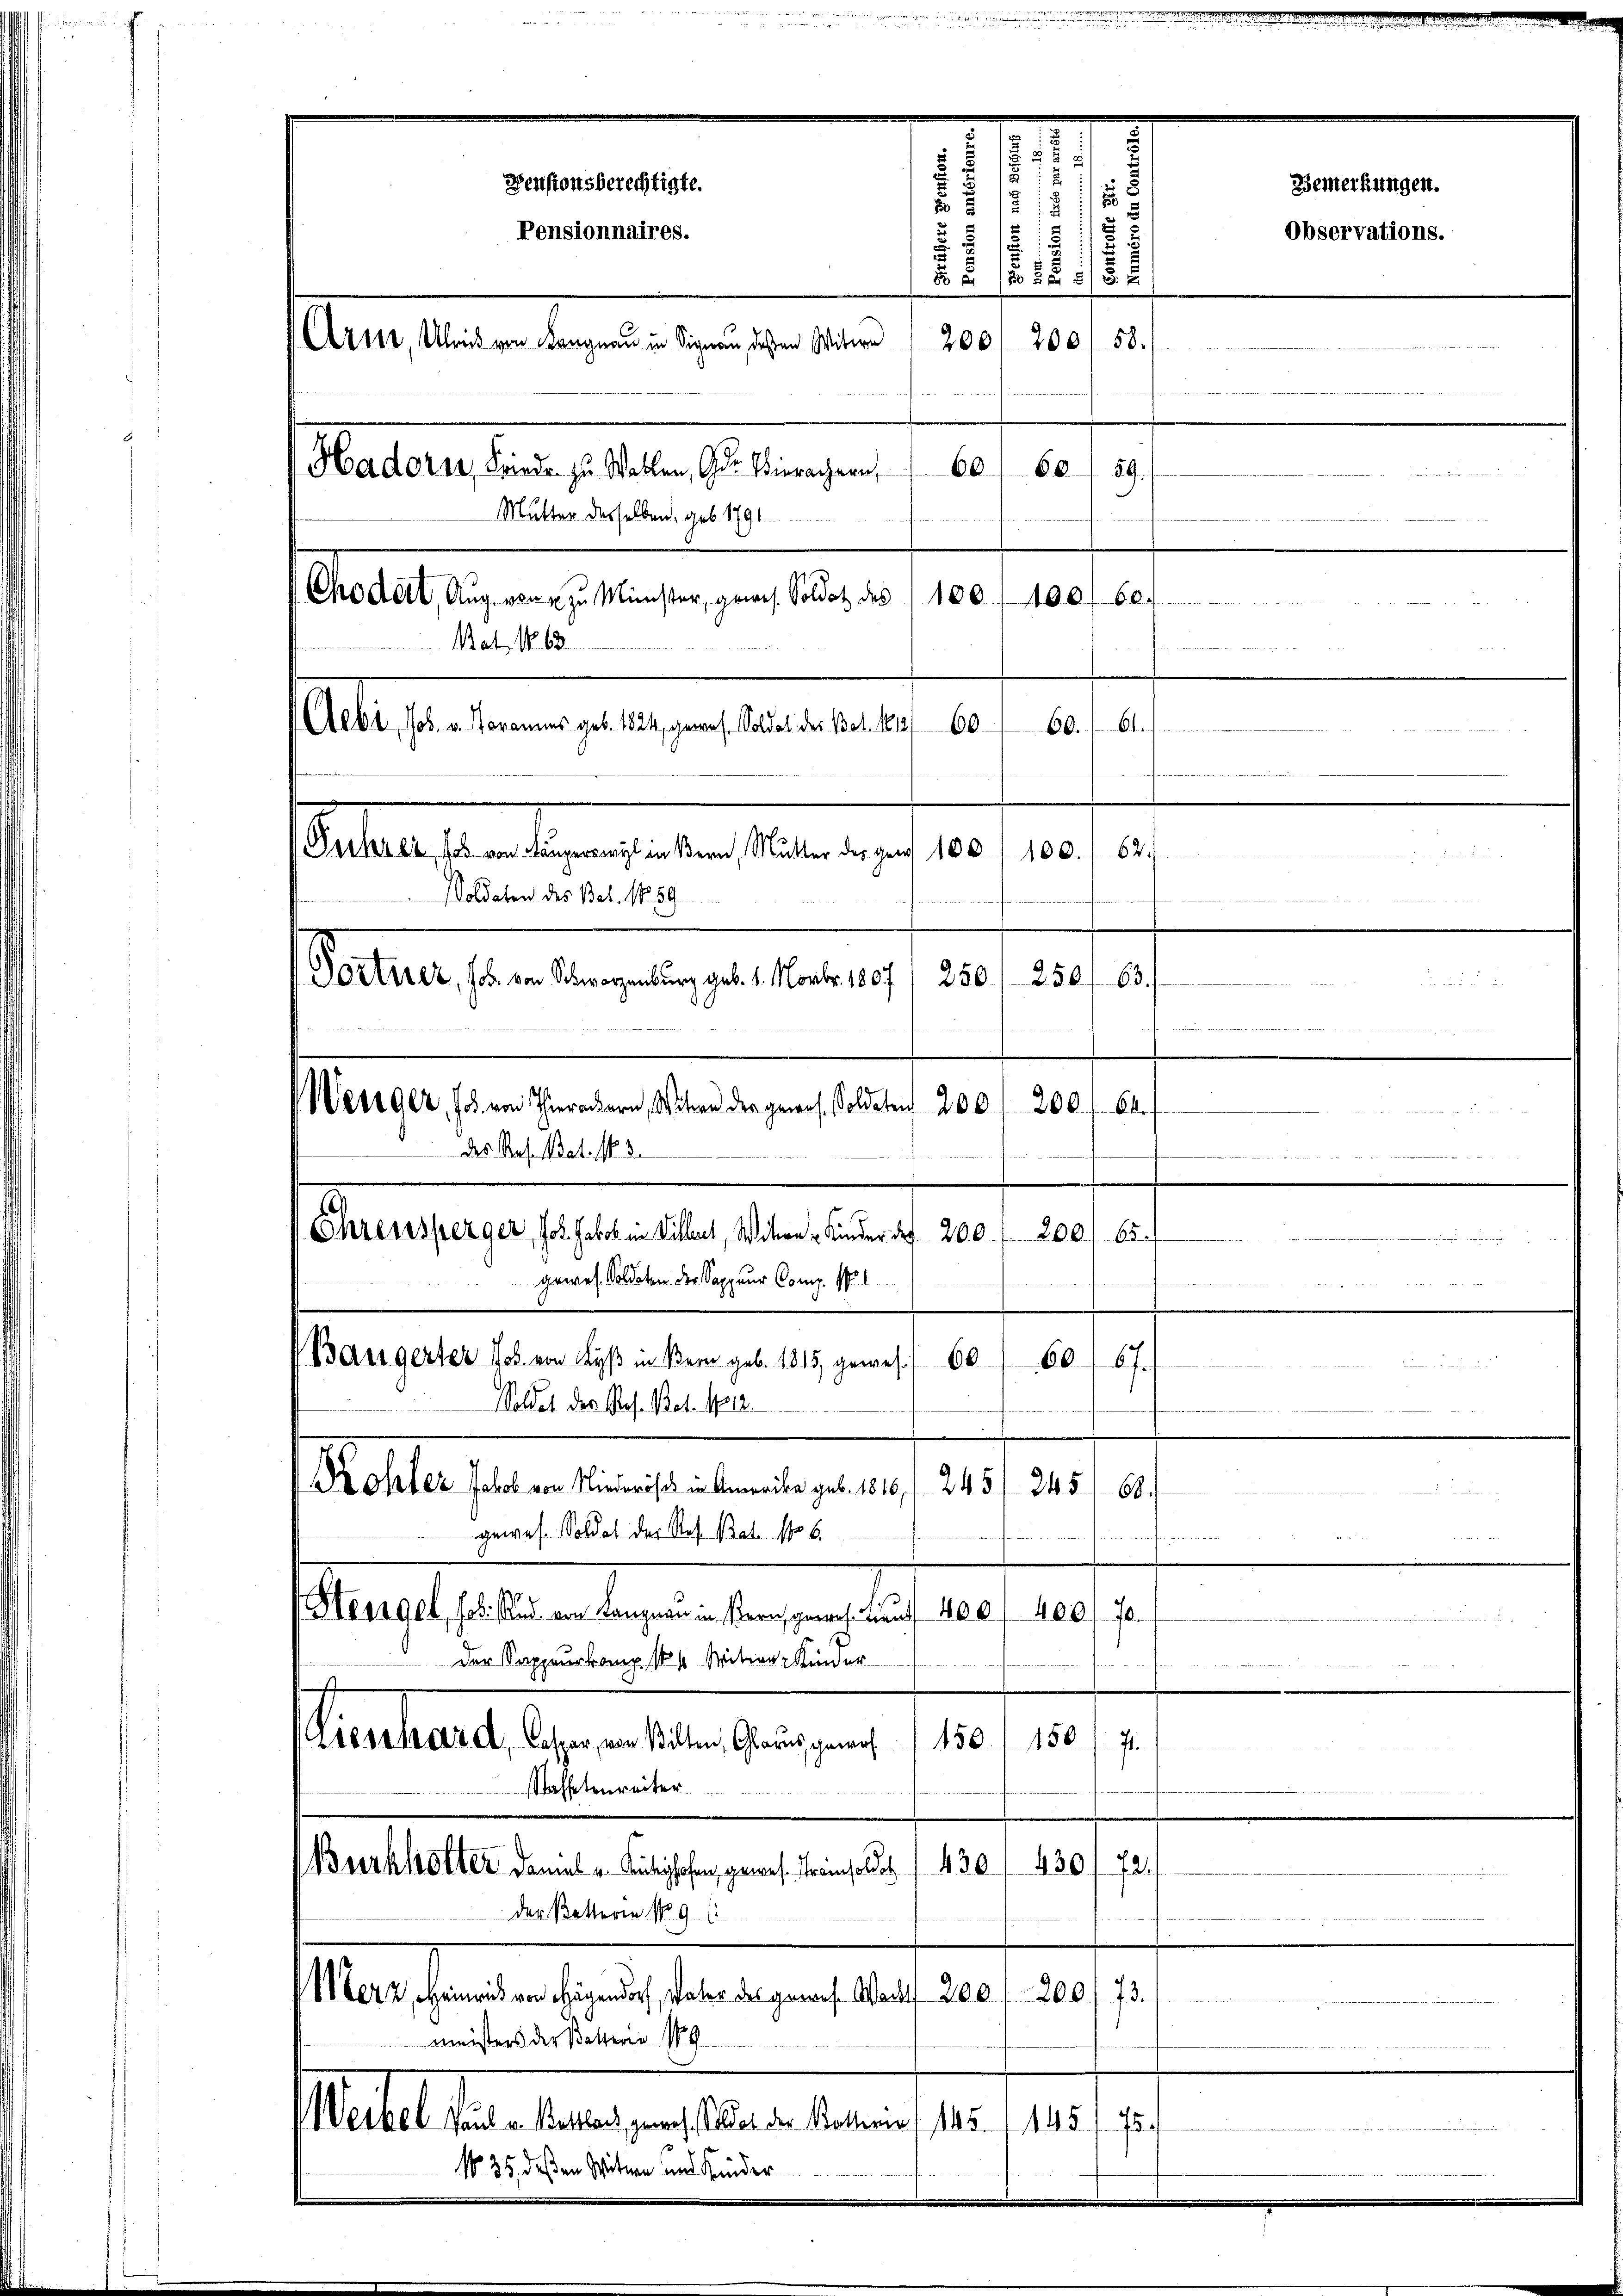
Ehrensperger, Joh. Jakob in Villet, Witwe Kinder das 200. 200. 65.
gewes. Soldaten der Sappeur Comp. 101
(Baugerter Joh. von Lyß in Bern geb. 1815, gewes 60
Soldet der Res. Bat. 1812.

60.
c
Mutter desselben, geb. 1791
Chodeit, Aug. von u. zu Minister, gewes. Soldat des 1100. 100f 60.
8
Aebi, Jos. v. Karames geb. 1824, gewes. Soldat des Bat. 1813/ 60.
tef

1
.
.
60/67
Kohler Jakob von Niederisch in Amerika geb. 1816. f. 245 f. 245. 168.
gewes. Soldat der Res. Bat. No 6.
¬
Heregel, fossem von Langnen in Bern gewoh. Lauf 400 f 400. 70.
Der Sappeurkamp. 184 Mitwe Kinder
150. 450.
Sentiert Jahren ist. Wenigen
¬
Staffeltenweiter.
430.
430
72.
Burkhiotter damit u. Ausghofen, gewese Streinsolde
der Betterie No 91
d
Merz, Heinrich von Hagendorf, Vater das genes Wacht 200 f 200/73.
meisters der Betterne 189
Matt der haben an diese am 10. 191. 19.
No 35 deßen Witwe und Kinder

u
s
.
.
2
Devisionsberechtigte.
1

212
Pensionnaires.
.
211.
5 x
200, 200, 58.
2110, Ulrich von Langnau in Signau, deßen Witwe
Hadorn, Friedr. zu Wellen, Ger. Hierachern,
r

Bat. No. 63.
 424 2
i
Stattestandesrechteten selben und 10.
100. 62.

Soldaten des Bet. 159.

Sollen sein Angelegen hierung
250
250 f. 63.
.
Weniger, so von Thierackern, Witwe der gewes. Soldaten 200 f 200 f. 64.
edt der Mund Mittelst Rath
des Res. Bat. N. 3.
h stet hat den hat der

u. wieder hin werden in eineren

Bemerkungen.

Observations.